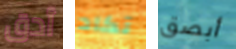
أدق تكاد أبصق